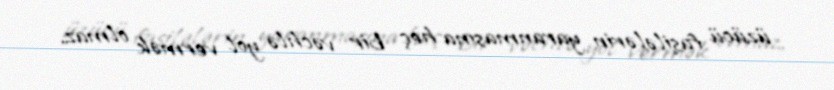
üzücü fasilələrin yaranmasına heç bir vəchlə yol vermək olmaz.